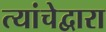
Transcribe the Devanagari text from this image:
त्यांचेद्वारा